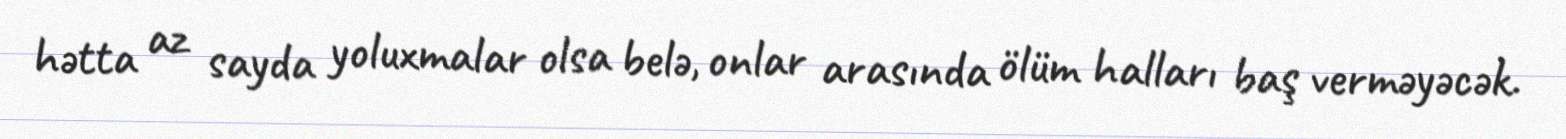
hətta az sayda yoluxmalar olsa belə, onlar arasında ölüm halları baş verməyəcək.